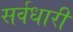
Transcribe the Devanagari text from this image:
सर्वधारी